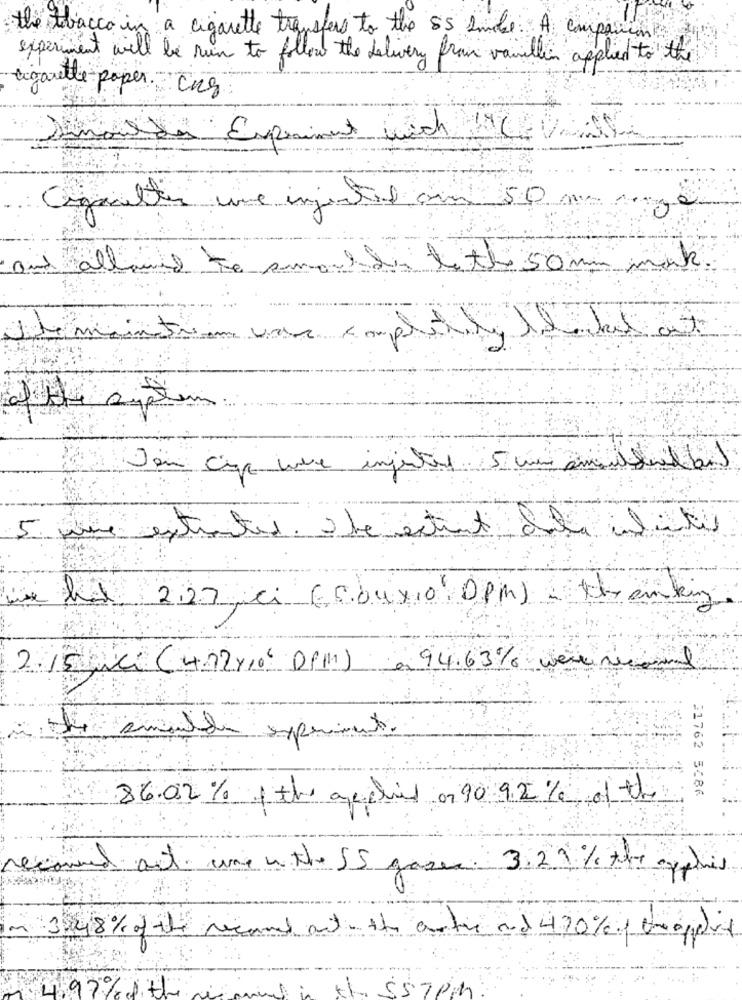
the tracce in a cigarette transfers to the SS smoke: A companion
experiment will be run to follow the delivery from vanilla applied to the
cigarette paper= Cus
Experiment Lich
une injected om
50
and
Is litt 50mm mak
allowed to smart
of the sypte
Dou che vere injustas
status che estut del alet
5 rue
227 , ci (Ebux10 0PM) = thanking
2.15 paci (4.72%10' DPH)
à 94.63% were nic
smalle experiment
21762 5686
86.02% 1 the auchis on 90 9.2 % of the
econned.
w. the 55 gases: 3.29 % the ge
in 3248% of the second act the artre ad 420% theapplet
4.97% it
and in the $57PM